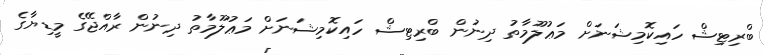
ބްރިޓިޝް ހައިކޮމިޝަނަށް މަޢުލޫމާތު ދިނުން ބްރިޓިޝް ހައިކޮމިޝަނަށް މަޢުލޫމާތު ދިނުން ރާއްޖޭގެ މީޑިޔާގެ